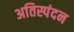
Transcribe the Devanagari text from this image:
अतिस्पंदन